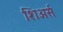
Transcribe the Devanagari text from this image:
शिअर्स